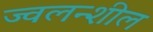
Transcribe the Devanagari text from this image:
ज्वलन्शील